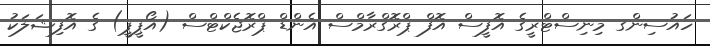
ހައުސިންގ މިނިސްޓްރީގެ އޮފީސް އޮފް ޕްރޮގްރާމްސް އެންޑް ޕްރޮޖެކްޓްސް (އޯޕީޕީ) ގެ އޮފިޝަލަކު